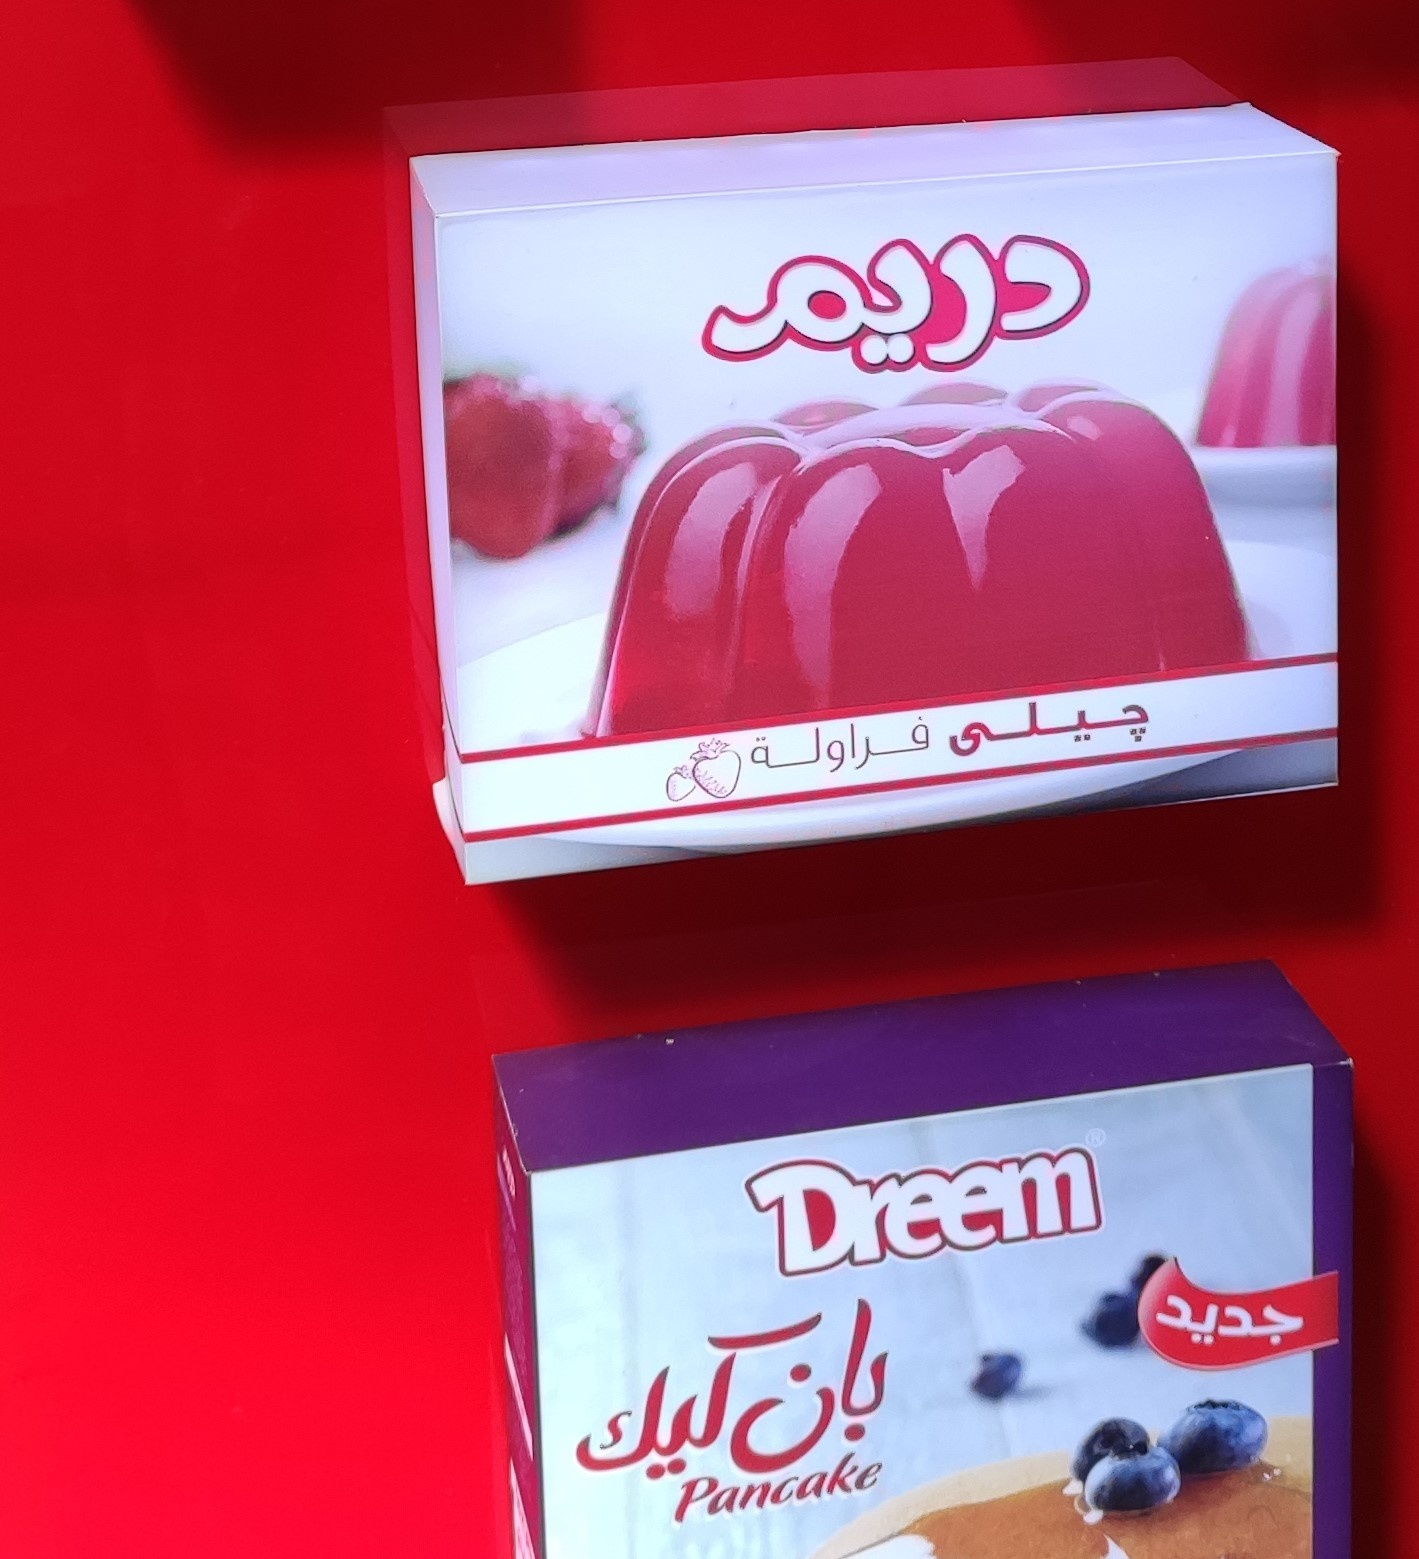
Text in image: دريم جيلي فراولة جديد بان كيك Dreem Pancake